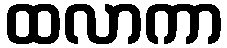
ထလာကာ